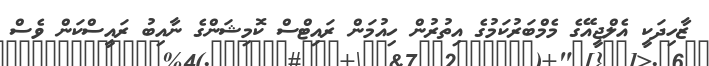
ޒާހިދަކީ އެލްޖީއޭގެ މެމްބަރުކަމުގެ އިތުރުން ހިއުމަން ރައިޓްސް ކޮމިޝަންގެ ނާއިބު ރައީސްކަން ވެސް